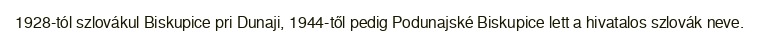
1928-tól szlovákul Biskupice pri Dunaji, 1944-től pedig Podunajské Biskupice lett a hivatalos szlovák neve.